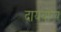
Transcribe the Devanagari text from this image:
दाययोग्य